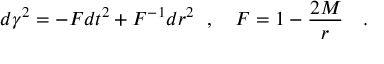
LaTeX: d \gamma ^ { 2 } = - F d t ^ { 2 } + F ^ { - 1 } d r ^ { 2 } ~ ~ , ~ ~ ~ F = 1 - { \frac { 2 M } { r } } ~ ~ ~ .